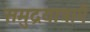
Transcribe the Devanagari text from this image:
समुद्रयात्राएँ